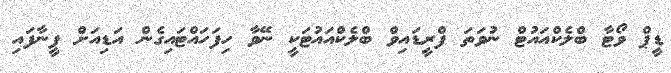
ޑީޕް ވޯޓާ ބްލެކްއައުޓް ނުވަތަ ފްރީޑައިވް ބްލެކްއައުޓަކީ ނޭވާ ހިފަހައްޓައިގެން އަޑިއަށް ފީނާފައި